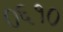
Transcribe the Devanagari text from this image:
०६१०